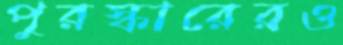
পুরস্কারেরও